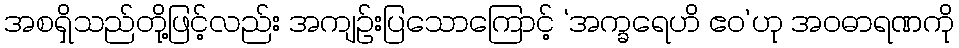
အစရှိသည်တို့ဖြင့်လည်း အကျဉ်းပြသောကြောင့် ‘အက္ခရေဟိ ဧဝ’ဟု အဝဓာရဏကို